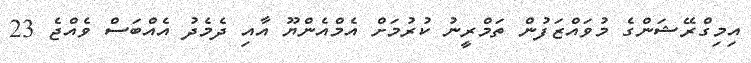
އިމިގްރޭޝަންގެ މުވައްޒަފުން ތަމްރީނު ކުރުމަށް އެމްއެންޔޫ އާއި ދެމެދު އެއްބަސް ވެއްޖެ 23